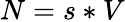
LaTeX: N=s*V